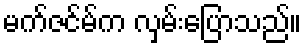
မက်ဇင်မ်က လှမ်းပြောသည်။